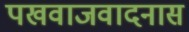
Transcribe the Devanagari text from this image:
पखवाजवादनास